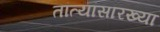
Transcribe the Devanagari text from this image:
तांत्यांसारख्या